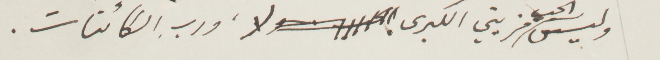
وليس الحب قضيتي الكبرى لا ورب الكائنات.